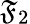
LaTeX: \mathfrak{F}_{2}